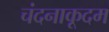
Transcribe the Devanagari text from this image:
चंदनाकूदम